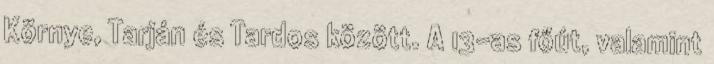
Környe, Tarján és Tardos között. A 13-as főút, valamint